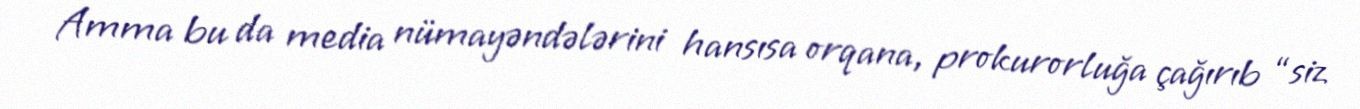
Amma bu da media nümayəndələrini hansısa orqana, prokurorluğa çağırıb “siz